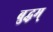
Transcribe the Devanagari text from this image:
बुद्धम्